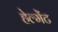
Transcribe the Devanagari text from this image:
हेल्मेंट